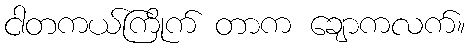
ငါတကယ်ကြိုက် တာက ချောကလက်။